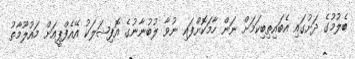
ބެލުމުގެ ދަށުގައި އެބައިތިބިކަމަށް ނަން ހާމަކޮށްފައި ނުވާ ލުބުނާނުގެ އޮފިޝަލަކު އޭއެފްޕީއަށް މައުލޫމާތު